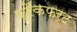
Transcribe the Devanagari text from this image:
फ़्रैंकफर्ट